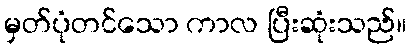
မှတ်ပုံတင်သော ကာလ ပြီးဆုံးသည်။